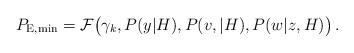
LaTeX: \begin{align*}P_{\mathrm{E,min}}=\mathcal{F}\big(\gamma_k, P(y\vert H), P(v,\vert H), P(w\vert z, H)\big)\,.\end{align*}